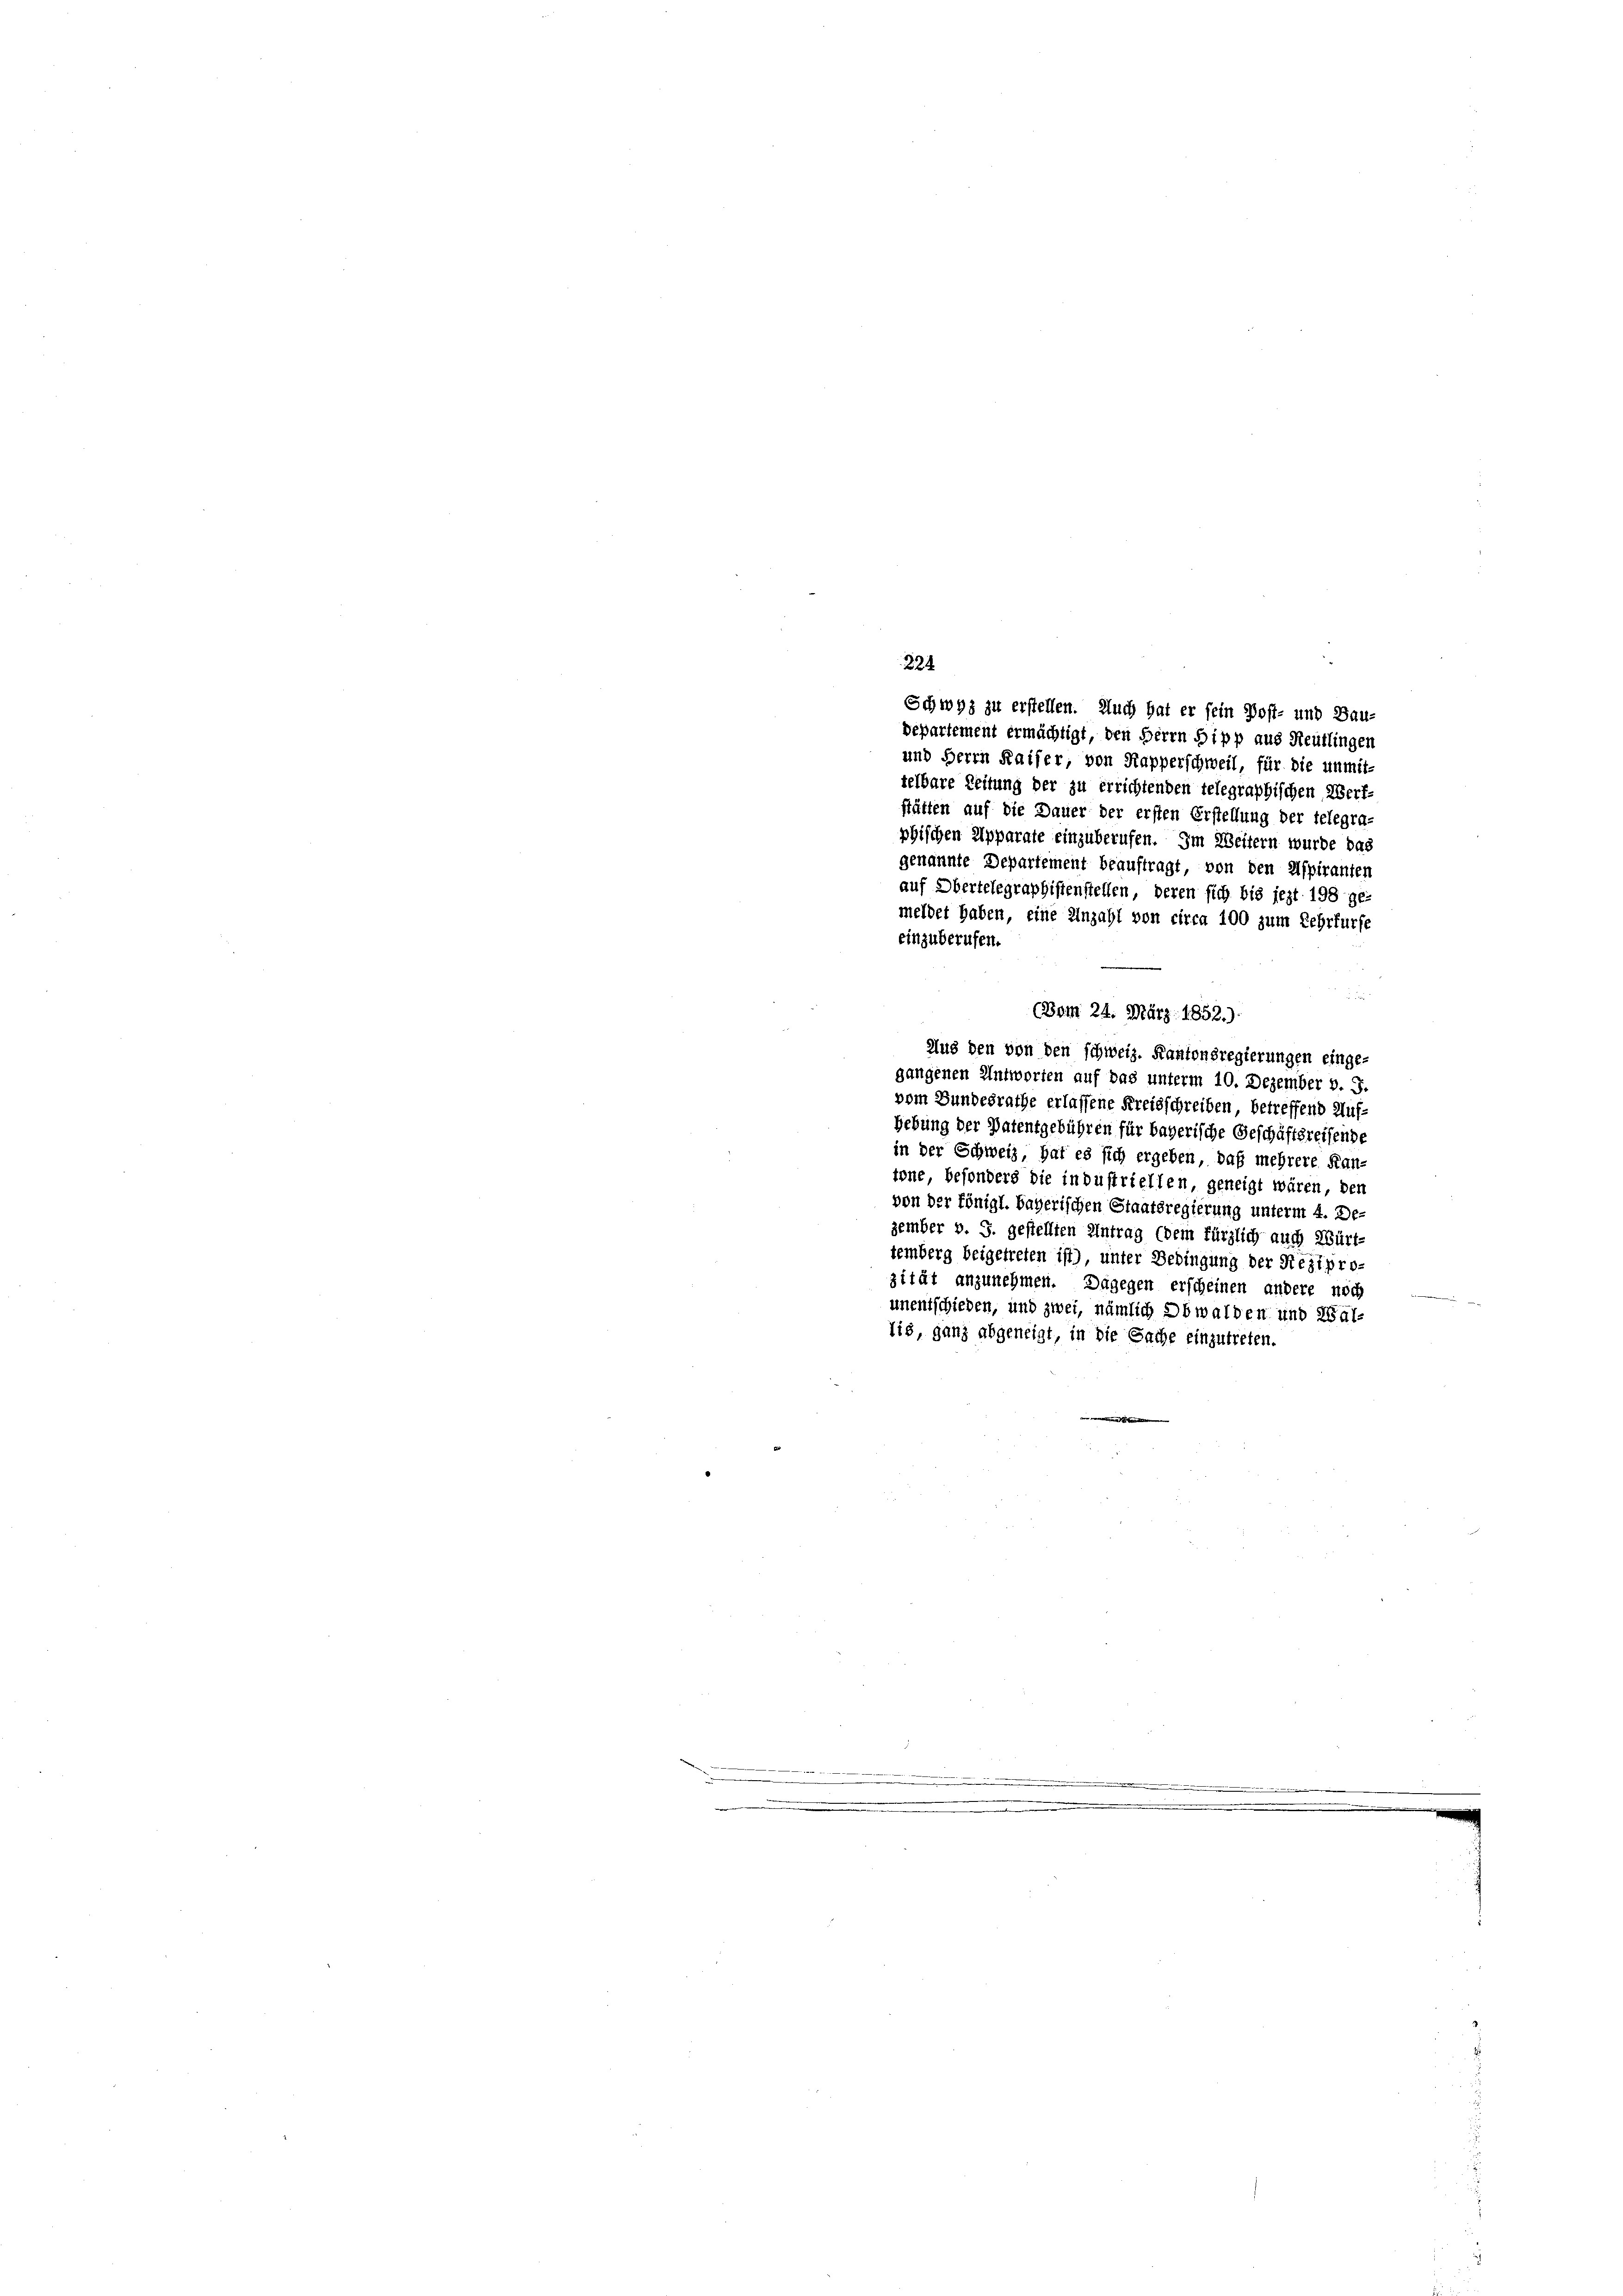
Schwyz zu erstellen. Auch hat er sein Post- und Bau-
Departement ermächtigt, den Herrn Sipp aus Reutlingen
und Herrn Kaiser, von Rapperschweil, für die unmit-
telbare Zeitung der zu errichtenden telegraphischen Werf-
stätten auf die Dauer der ersten Erstellung der telegraphischen Apparate einzuberufen. Im Weitern wurde das
genannte Departement beauftragt, von den Aspiranten
auf Obertelegraphistenstellen, deren sich bis jezt 198 ge-
meldet haben, eine Anzahl von circa 100 zum Lehrfurfe
einzuberufen.
(Bom 24. März 1852.)
Aus den von den schweiz. Kantonsregierungen einge-
gangenen Antworten auf das unterm 10. Dezember v. J.
vom Bundesrathe erlassene Kreisschreiben, betreffend Auf¬
Hebung der Patentgebühren für bayerische Geschäftsreisende
in der Schweiz, hat es sich ergeben, daß mehrere Kan-
tone besonders die industriellen, geneigt wären, den
von der königl. bayerischen Staatsregierung unterm 4. De-
zember v. J. gestellten Antrag (dem fürzlich auch Württemberg beigetreten ist), unter Bedingung der Rezipro-
zität anzunehmen. Dagegen erscheinen andere noch
unentschieden, und zwei, nämlich Obwalden und Wallis, ganz abgeneigt, in die Sache einzutreten.
m
n
e

224